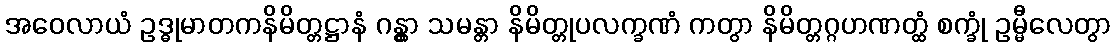
အဝေလာယံ ဥဒ္ဓုမာတကနိမိတ္တဋ္ဌာနံ ဂန္တွာ သမန္တာ နိမိတ္တုပလက္ခဏံ ကတွာ နိမိတ္တဂ္ဂဟဏတ္ထံ စက္ခုံ ဥမ္မီလေတွာ